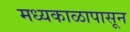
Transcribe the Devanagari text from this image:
मध्यकाळापासून